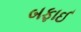
બફાઈ